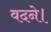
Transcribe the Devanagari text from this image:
वदने।